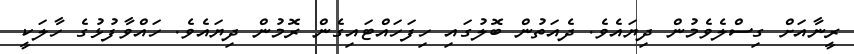
ރީނާއަށް ގިސްލެވެމުން ދިޔައެވެ. ދެއަތުން ބޮލުގައި ހިފަހައްޓައިގެން ރޮމުން ދިޔައެވެ. ހައްވާފުޅުގެ ހާލަކީ